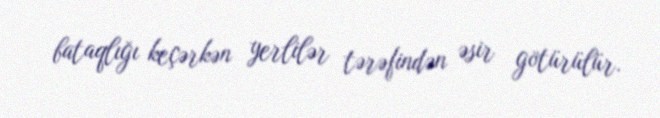
bataqlığı keçərkən yerlilər tərəfindən əsir götürülür.